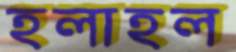
হলাহল